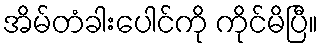
အိမ်တံခါးပေါင်ကို ကိုင်မိပြီ။